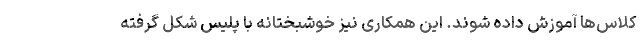
کلاس‌ها آموزش داده شوند. این همکاری نیز خوشبختانه با پلیس شکل گرفته